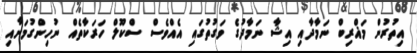
އިތުރުން މަޣްރިބް ނަމާދާއި އިޝާ ނަމާދުގެ ވަގުތުގައި އެއްވެސް ސްކޫލް ހަރަކާތެއް ނުހިންގުމަށާއި